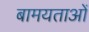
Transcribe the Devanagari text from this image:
बामयताओं